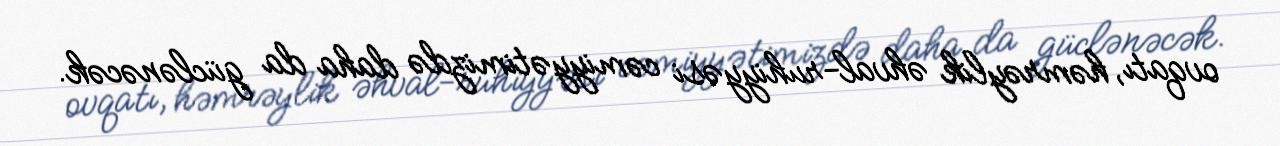
ovqatı, həmrəylik əhval-ruhiyyəsi cəmiyyətimizdə daha da güclənəcək.